Education and care of mentally and physically defective children, 1937
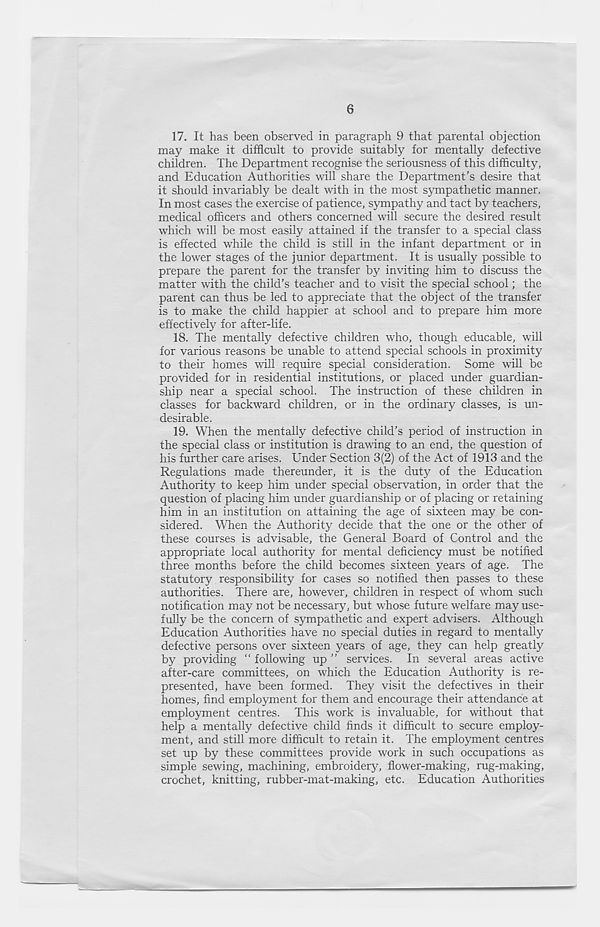
6
17. It has been observed in paragraph 9 that parental objection
may make it difficult to provide suitably for mentally defective
children. The Department recognise the seriousness of this difficulty,
and Education Authorities will share the Department’s desire that
it should invariably be dealt with in the most sympathetic manner.
In most cases the exercise of patience, sympathy and tact by teachers,
medical officers and others concerned will secure the desired result
which will be most easily attained if the transfer to a special class
is effected while the child is still in the infant department or in
the lower stages of the junior department. It is usually possible to
prepare the parent for the transfer by inviting him to discuss the
matter with the child’s teacher and to visit the special school; the
parent can thus be led to appreciate that the object of the transfer
is to make the child happier at school and to prepare him more
effectively for after-life.
18. The mentally defective children who, though educable, will
for various reasons be unable to attend special schools in proximity
to their homes will require special consideration. Some will be
provided for in residential institutions, or placed under guardian-
ship near a special school. The instruction of these children in
classes for backward children, or in the ordinary classes, is un-
desirable.
19. When the mentally defective child’s period of instruction in
the special class or institution is drawing to an end, the question of
his further care arises. Under Section 3(2) of the Act of 1913 and the
Regulations made thereunder, it is the duty of the Education
Authority to keep him under special observation, in order that the
question of placing him under guardianship or of placing or retaining
him in an institution on attaining the age of sixteen may be con-
sidered. When the Authority decide that the one or the other of
these courses is advisable, the General Board of Control and the
appropriate local authority for mental deficiency must be notified
three months before the child becomes sixteen years of age. The
statutory responsibility for cases so notified then passes to these
authorities. There are, however, children in respect of whom such
notification may not be necessary, but whose future welfare may use-
fully be the concern of sympathetic and expert advisers. Although
Education Authorities have no special duties in regard to mentally
defective persons over sixteen years of age, they can help greatly
by providing “ following up ” services. In several areas active
after-care committees, on which the Education Authority is re-
presented, have been formed. They visit the defectives in their
homes, find employment for them and encourage their attendance at
employment centres. This work is invaluable, for without that
help a mentally defective child finds it difficult to secure employ-
ment, and still more difficult to retain it. The employment centres
set up by these committees provide work in such occupations as
simple sewing, machining, embroidery, flower-making, rug-making,
crochet, knitting, rubber-mat-making, etc. Education Authorities